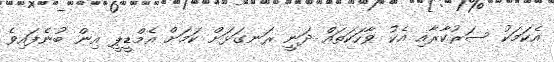
އެކަމަކު ސަރުކާރާއި އެކު ވާހަކަތައް ދަނީ ރަނގަޅަށް ކަމަށް އެމްޑީޕީ އިން ބުނެފައިވެ